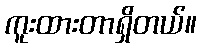
ကူးထားတာရှိတယ်။